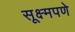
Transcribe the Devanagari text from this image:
सूक्ष्मपणे